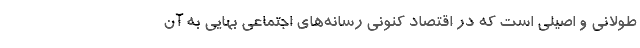
طولانی و اصیلی است که در اقتصاد کنونی رسانه‌های اجتماعی بهایی به آن